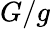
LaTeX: G/g